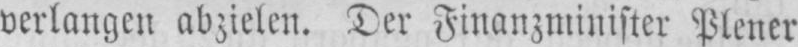
verlangen abzielen. Der Finanzminister Plener